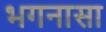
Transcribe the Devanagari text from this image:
भगनासा